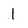
Character: l